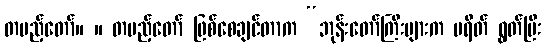
တပည့်တော်။ ။ တပည့်တော် ဖြစ်စေချင်တာက “ဘုန်းတော်ကြီးများက ပရိတ် ရွတ်ပြီး